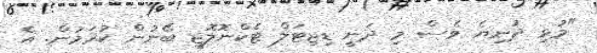
"މުޅި ދުނިޔެ ވެސް މި ދަނީ ޑިޖިޓަލް ޓެކްނޮލޮޖީ ބޭނުން ކުރަމުން. އެ